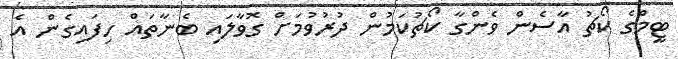
ޓީމްގެ ކޯޗު އާސެން ވެންގާ ކޯޗުކަމުން ދުރުވުމަށް ގޮވާލައި ބެނާތައް ހިފައިގެން އެ